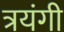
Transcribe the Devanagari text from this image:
त्रयंगी